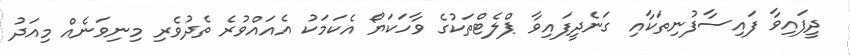
ދީފައިވާ ފައިސާފުނިތަކާއި ގަނެދީފައިވާ ޕްލެޓްތަކުގެ ވާހަކަޔޯ އެކަމަކު އެއައްވުރެ ތެދުވެރި މިނިވަނެއް މިއަދު